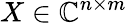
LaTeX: X\in\mathbb{C}^{n\times m}